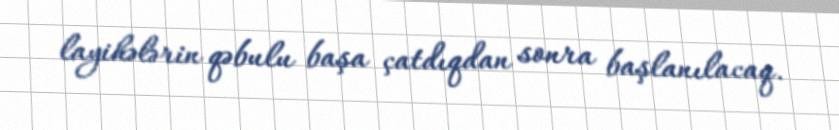
layihələrin qəbulu başa çatdıqdan sonra başlanılacaq.